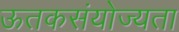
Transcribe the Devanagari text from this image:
ऊतकसंयोज्यता